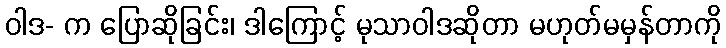
ဝါဒ- က ပြောဆိုခြင်း၊ ဒါကြောင့် မုသာဝါဒဆိုတာ မဟုတ်မမှန်တာကို